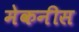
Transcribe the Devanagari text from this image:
मेकनीस